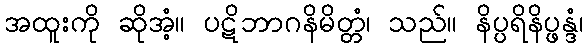
အထူးကို ဆိုအံ့။ ပဋိဘာဂနိမိတ္တံ၊ သည်။ နိပ္ပရိနိပ္ဖန္ဒံ၊